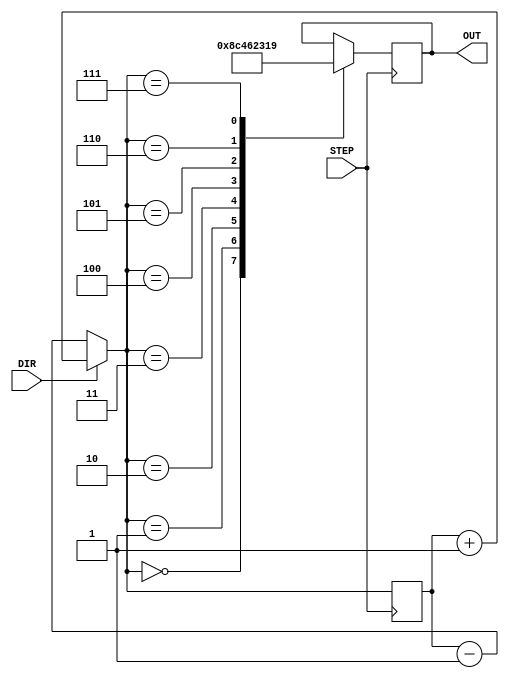
module stepdirdriver (input STEP, input DIR,output reg [3:0] OUT);
reg [3:0] state;
initial
begin
	state=0;
end

always@(posedge STEP) begin
	if (DIR==1) begin
		state=state+1'b1;
	end else if (DIR==0) begin
		state=state-1'b1;
	end

	case (state)
	  0: OUT=4'b1000;
	  1: OUT=4'b1100;
	  2: OUT=4'b0100;
	  3: OUT=4'b0110;
	  4: OUT=4'b0010;
	  5: OUT=4'b0011;
	  6: OUT=4'b0001;
	  7: OUT=4'b1001;
   endcase
end
		  
endmodule